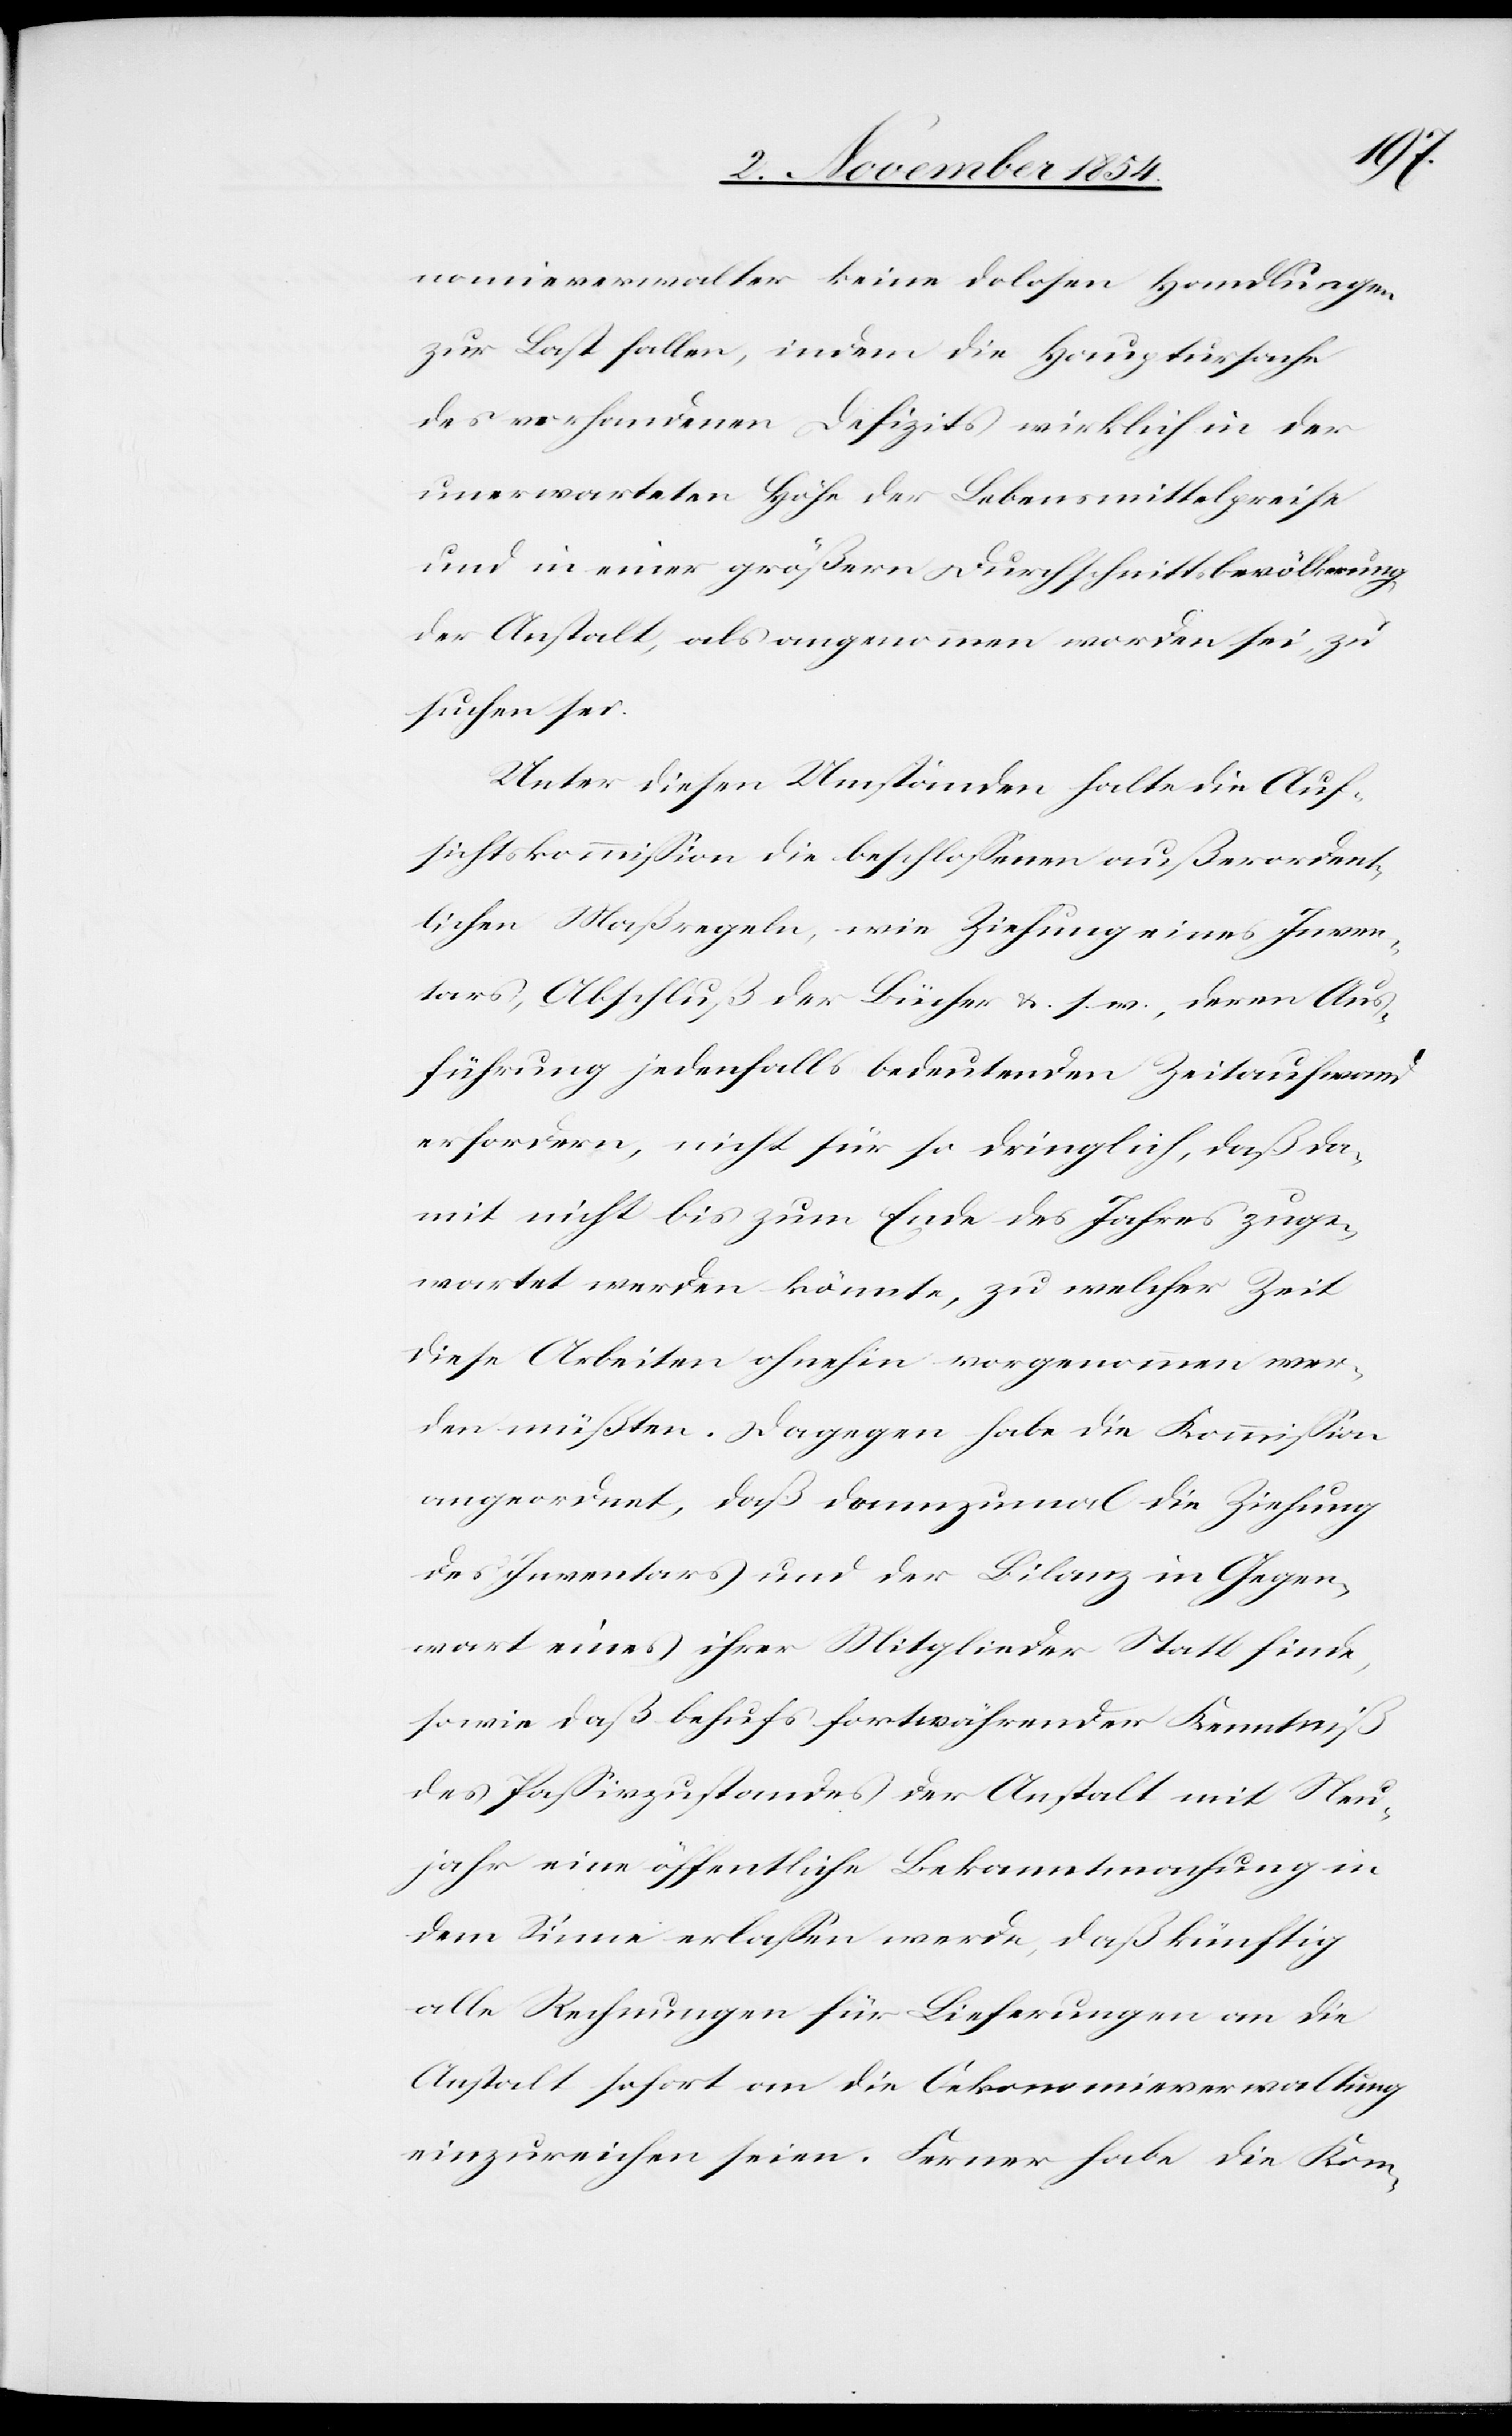
nomieverwalter keine dolosen Handlungen
zur Last fallen, indem die Hauptursache
des vorhandenen Defizits wirklich in der
unerwarteten Höhe der Lebensmittelpreise
und in einer größern Durchschnittsbevölkerung
der Anstalt, als angenommen worden sei, zu
suchen sei.
Unter diesen Umständen halte die Auf¬
sichtskommißion die beschloßenen außerordent¬
lichen Maßregeln, wie Ziehung eines Inven¬
tars, Abschluß der Bücher u. s. w., deren Aus¬
führung jedenfalls bedeutenden Zeitaufwand
erfordern, nicht für so dringlich, daß da¬
mit nicht bis zum Ende des Jahres zuge¬
wartet werden könnte, zu welcher Zeit
diese Arbeiten ohnehin vorgenommen wer¬
den müßten. Dagegen habe die Kommißion
angeordnet, daß dannzumal die Ziehung
des Inventars und der Bilanz in Gegen¬
wart eines ihrer Mitglieder Statt finde,
sowie daß behufs fortwährender Kenntniß
des Paßivzustandes der Anstalt mit Neu¬
jahr eine öffentliche Bekanntmachung in
dem Sinne erlaßen werde, daß künftig
alle Rechnungen für Lieferungen an die
Anstalt sofort an die Oekonomieverwaltung
einzureichen seien. Ferner habe die Kom-